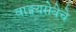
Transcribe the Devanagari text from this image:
वाङ्मयसेवेचे